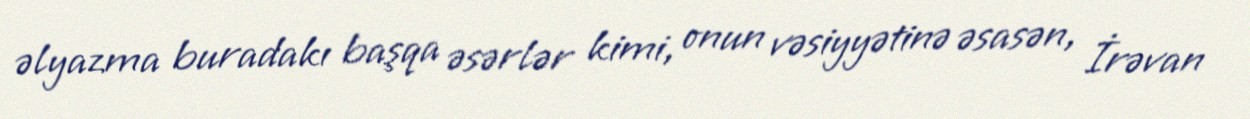
əlyazma buradakı başqa əsərlər kimi, onun vəsiyyətinə əsasən, İrəvan